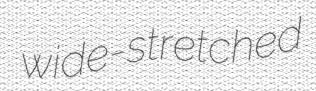
wide-stretched